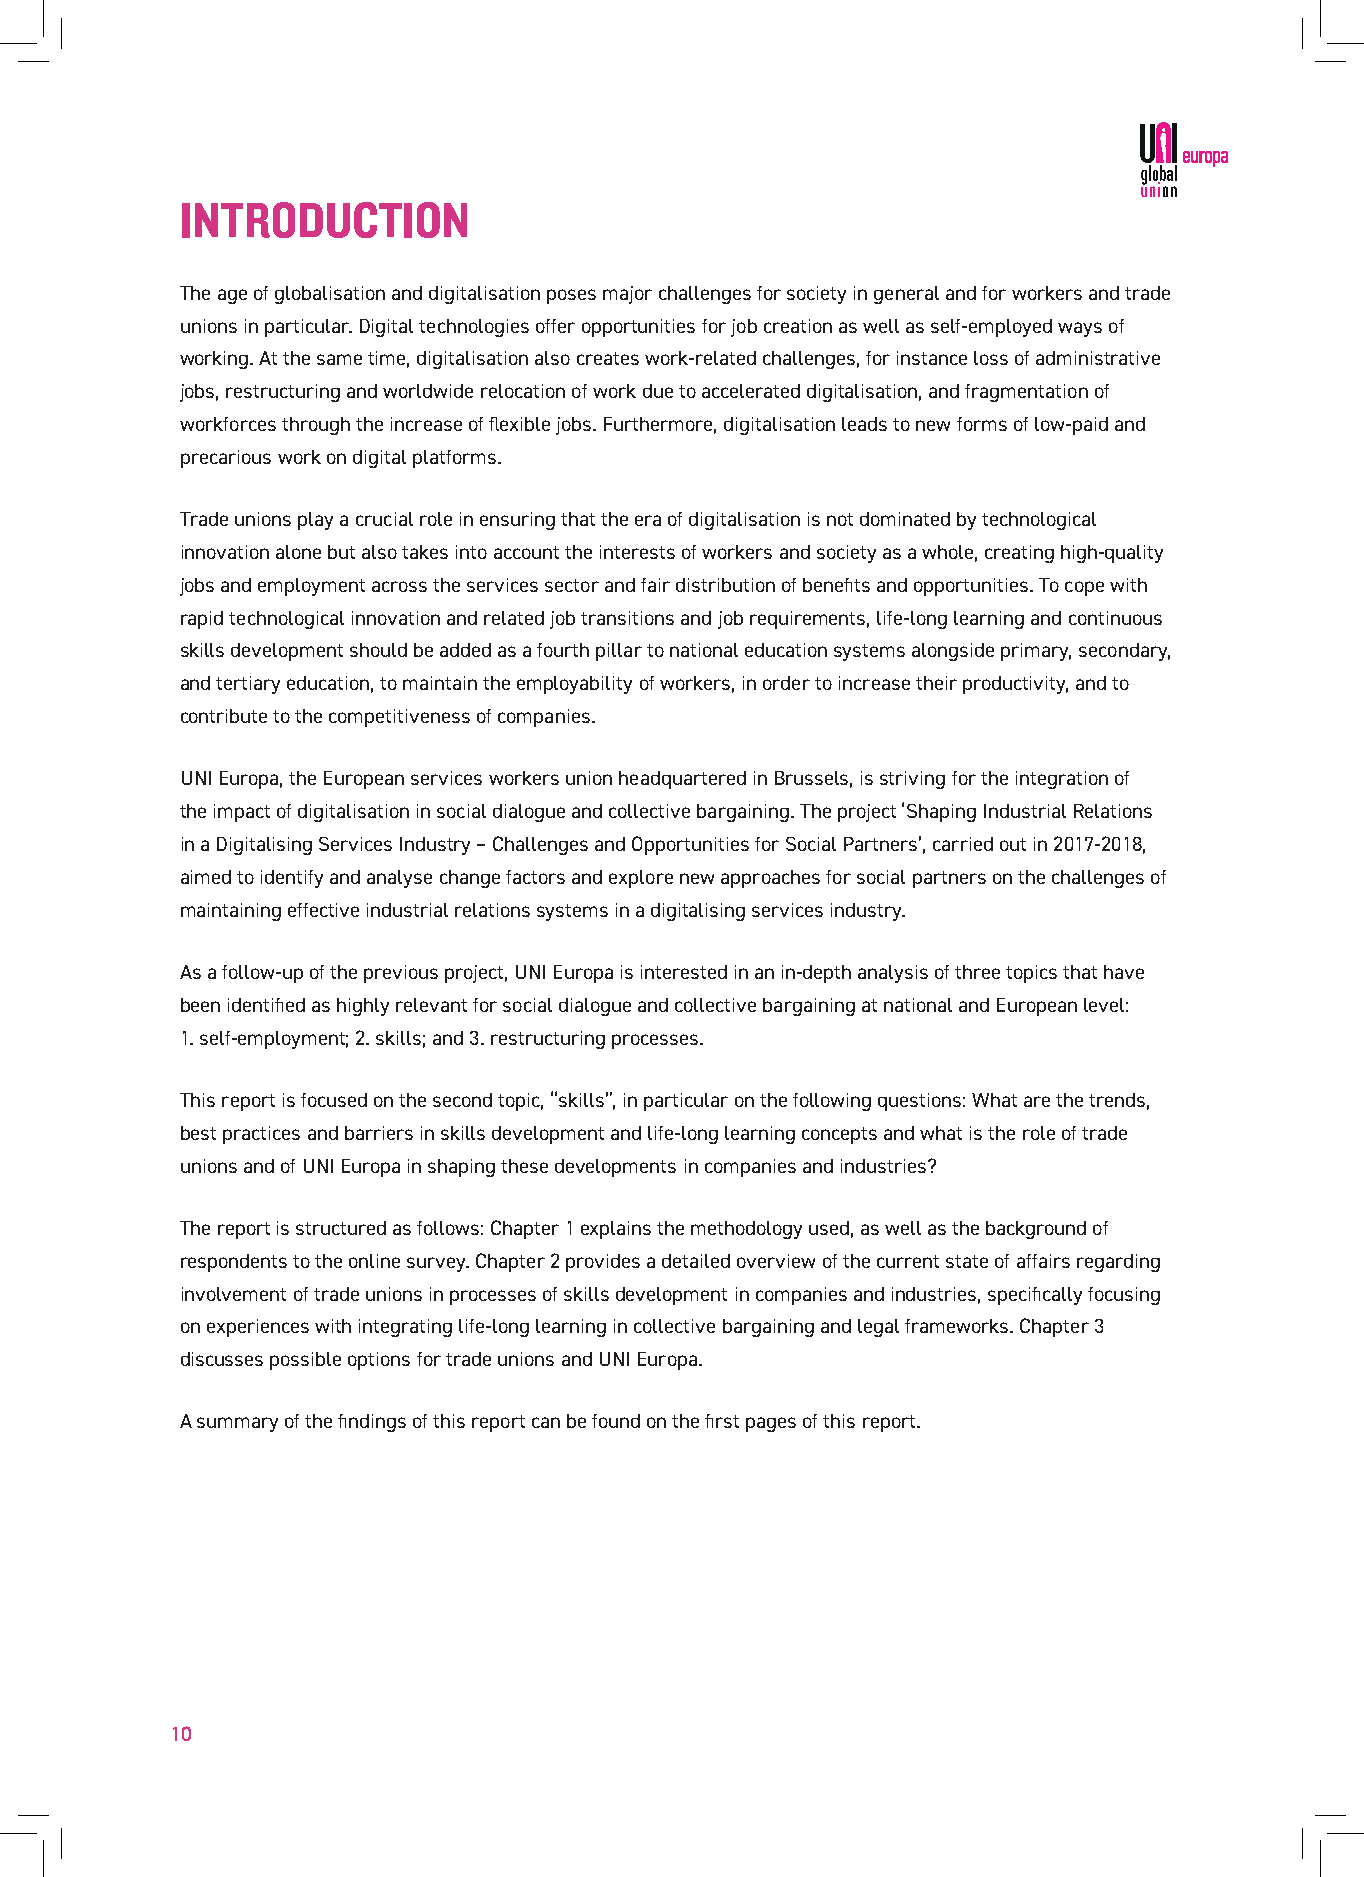
INTRODUCTION
 The age of globalisation and digitalisation poses major challenges for society in general and for workers and trade
 unions in particular. Digital technologies offer opportunities for job creation as well as self-employed ways of
 working. At the same time, digitalisation also creates work-related challenges, for instance loss of administrative
 jobs, restructuring and worldwide relocation of work due to accelerated digitalisation, and fragmentation of
 workforces through the increase of flexible jobs. Furthermore, digitalisation leads to new forms of low-paid and
 precarious work on digital platforms.
 Trade unions play a crucial role in ensuring that the era of digitalisation is not dominated by technological
 innovation alone but also takes into account the interests of workers and society as a whole, creating high-quality
 jobs and employment across the services sector and fair distribution of benefits and opportunities. To cope with
 rapid technological innovation and related job transitions and job requirements, life-long learning and continuous
 skills development should be added as a fourth pillar to national education systems alongside primary, secondary,
 and tertiary education, to maintain the employability of workers, in order to increase their productivity, and to
 contribute to the competitiveness of companies.
 UNI Europa, the European services workers union headquartered in Brussels, is striving for the integration of
 the impact of digitalisation in social dialogue and collective bargaining. The project ‘Shaping Industrial Relations
 in a Digitalising Services Industry – Challenges and Opportunities for Social Partners’, carried out in 2017-2018,
 aimed to identify and analyse change factors and explore new approaches for social partners on the challenges of
 maintaining effective industrial relations systems in a digitalising services industry.
 As a follow-up of the previous project, UNI Europa is interested in an in-depth analysis of three topics that have
 been identified as highly relevant for social dialogue and collective bargaining at national and European level:
 1. self-employment; 2. skills; and 3. restructuring processes.
 This report is focused on the second topic, “skills”, in particular on the following questions: What are the trends,
 best practices and barriers in skills development and life-long learning concepts and what is the role of trade
 unions and of UNI Europa in shaping these developments in companies and industries?
 The report is structured as follows: Chapter 1 explains the methodology used, as well as the background of
 respondents to the online survey. Chapter 2 provides a detailed overview of the current state of affairs regarding
 involvement of trade unions in processes of skills development in companies and industries, specifically focusing
 on experiences with integrating life-long learning in collective bargaining and legal frameworks. Chapter 3
 discusses possible options for trade unions and UNI Europa.
 A summary of the findings of this report can be found on the first pages of this report.
 10